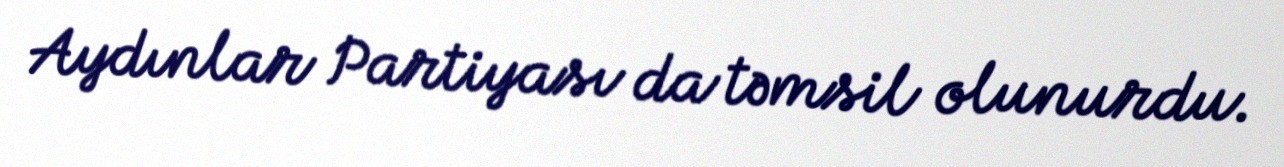
Aydınlar Partiyası da təmsil olunurdu.